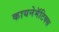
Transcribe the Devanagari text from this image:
कायनेमॅटिक्स